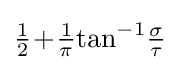
{\tfrac {1}{2}}\!+\!{\tfrac {1}{\pi }}{\textrm {tan}}^{-1}{\tfrac {\sigma }{\tau }}